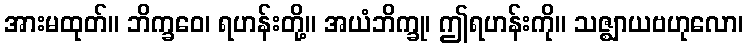
အားမထုတ်။ ဘိက္ခဝေ၊ ရဟန်းတို့။ အယံဘိက္ခု၊ ဤရဟန်းကို။ သဇ္ဈာယဗဟုလော၊